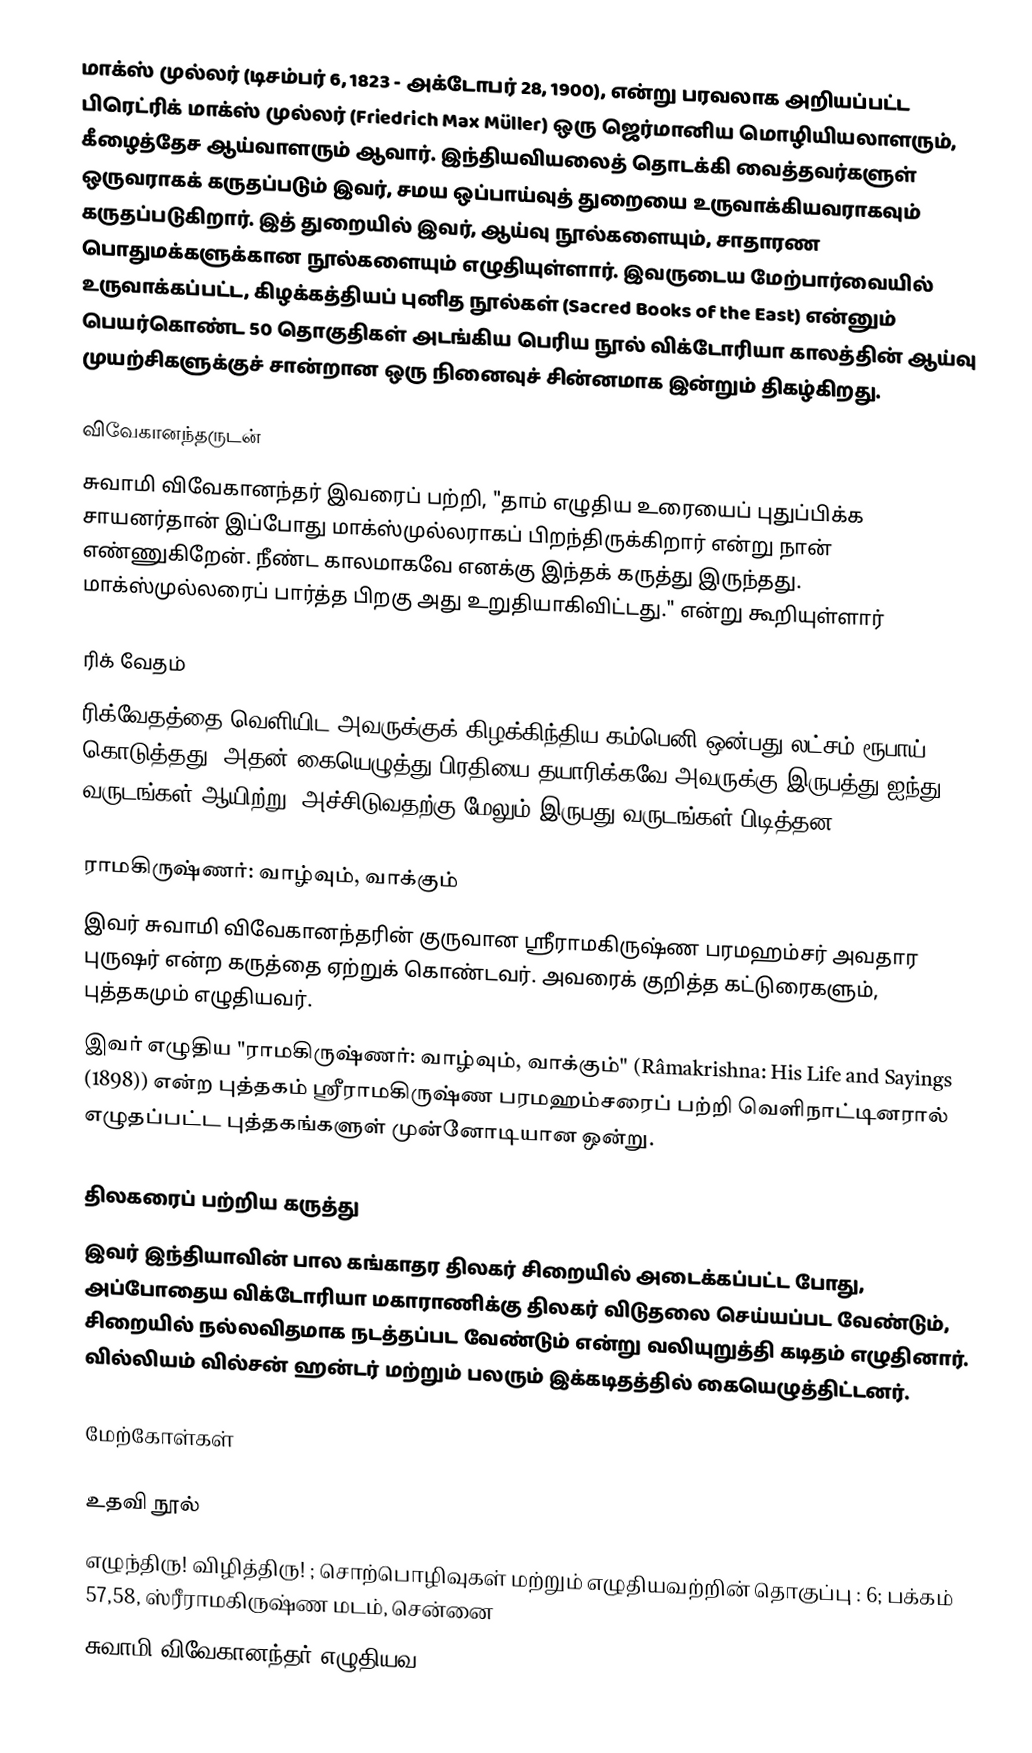
மாக்ஸ் முல்லர் (டிசம்பர் 6, 1823 - அக்டோபர் 28, 1900), என்று பரவலாக அறியப்பட்ட பிரெட்ரிக் மாக்ஸ் முல்லர் (Friedrich Max Müller) ஒரு ஜெர்மானிய மொழியியலாளரும், கீழைத்தேச ஆய்வாளரும் ஆவார்.  இந்தியவியலைத் தொடக்கி வைத்தவர்களுள் ஒருவராகக் கருதப்படும் இவர், சமய ஒப்பாய்வுத் துறையை உருவாக்கியவராகவும் கருதப்படுகிறார். இத் துறையில் இவர், ஆய்வு நூல்களையும், சாதாரண பொதுமக்களுக்கான நூல்களையும் எழுதியுள்ளார். இவருடைய மேற்பார்வையில் உருவாக்கப்பட்ட, கிழக்கத்தியப் புனித நூல்கள் (Sacred Books of the East) என்னும் பெயர்கொண்ட 50 தொகுதிகள் அடங்கிய பெரிய நூல் விக்டோரியா காலத்தின் ஆய்வு முயற்சிகளுக்குச் சான்றான ஒரு நினைவுச் சின்னமாக இன்றும் திகழ்கிறது.

விவேகானந்தருடன்
சுவாமி விவேகானந்தர் இவரைப் பற்றி, "தாம் எழுதிய உரையைப் புதுப்பிக்க சாயனர்தான் இப்போது மாக்ஸ்முல்லராகப் பிறந்திருக்கிறார் என்று நான் எண்ணுகிறேன். நீண்ட காலமாகவே எனக்கு இந்தக் கருத்து இருந்தது. மாக்ஸ்முல்லரைப் பார்த்த பிறகு அது உறுதியாகிவிட்டது." என்று கூறியுள்ளார்

ரிக் வேதம்
ரிக்வேதத்தை வெளியிட அவருக்குக் கிழக்கிந்திய கம்பெனி ஒன்பது லட்சம் ரூபாய் கொடுத்தது. அதன் கையெழுத்து பிரதியை தயாரிக்கவே அவருக்கு இருபத்து ஐந்து வருடங்கள் ஆயிற்று. அச்சிடுவதற்கு மேலும் இருபது வருடங்கள் பிடித்தன.

ராமகிருஷ்ணர்: வாழ்வும், வாக்கும்
இவர் சுவாமி விவேகானந்தரின் குருவான ஸ்ரீராமகிருஷ்ண பரமஹம்சர் அவதார புருஷர் என்ற கருத்தை ஏற்றுக் கொண்டவர். அவரைக் குறித்த கட்டுரைகளும், புத்தகமும் எழுதியவர்.
இவர் எழுதிய "ராமகிருஷ்ணர்: வாழ்வும், வாக்கும்" (Râmakrishna: His Life and Sayings (1898)) என்ற புத்தகம் ஸ்ரீராமகிருஷ்ண பரமஹம்சரைப் பற்றி வெளிநாட்டினரால் எழுதப்பட்ட புத்தகங்களுள் முன்னோடியான ஒன்று.

திலகரைப் பற்றிய கருத்து
இவர் இந்தியாவின் பால கங்காதர திலகர் சிறையில் அடைக்கப்பட்ட போது, அப்போதைய விக்டோரியா மகாராணிக்கு திலகர் விடுதலை செய்யப்பட வேண்டும், சிறையில் நல்லவிதமாக நடத்தப்பட வேண்டும் என்று வலியுறுத்தி கடிதம் எழுதினார். வில்லியம் வில்சன் ஹன்டர் மற்றும் பலரும் இக்கடிதத்தில் கையெழுத்திட்டனர்.

மேற்கோள்கள்

உதவி நூல்
 எழுந்திரு! விழித்திரு! ; சொற்பொழிவுகள் மற்றும் எழுதியவற்றின் தொகுப்பு : 6; பக்கம் 57,58, ஸ்ரீராமகிருஷ்ண மடம், சென்னை
 சுவாமி விவேகானந்தர் எழுதியவ